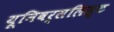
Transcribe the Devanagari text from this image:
यूनिवर्सलिस्ट